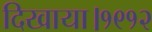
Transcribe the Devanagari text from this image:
दिखाया।१९१२